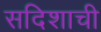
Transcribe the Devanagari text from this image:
सदिशाची